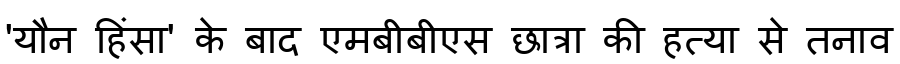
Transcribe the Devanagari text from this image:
'यौन हिंसा' के बाद एमबीबीएस छात्रा की हत्या से तनाव